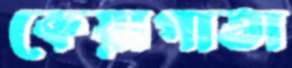
কেয়াপাতা